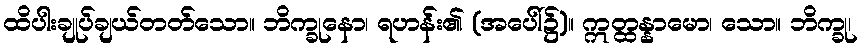
ထိပါးချုပ်ချယ်တတ်သော။ ဘိက္ခုနော၊ ရဟန်း၏ (အပေါ်၌)။ ဣတ္ထန္နာမော၊ သော။ ဘိက္ခု၊